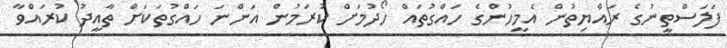
ފަލަސްތީނުގެ ރައްޔިތުން އެމީހުންގެ ހައްގުތައް ހޯދުމަށް ކުރަމުން އަންނަ ހައްގުތަކަށް ތާއީދު ކުރައްވާ